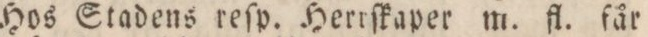
Hos Stadens reſp. Herrſkaper m. fl. får